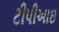
ટીપીઆઇ